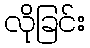
လိုခြင်း